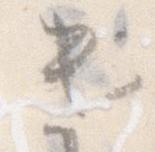
遺